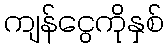
ကျန်ငွေကိုနှစ်